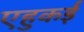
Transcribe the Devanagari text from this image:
एहुकई